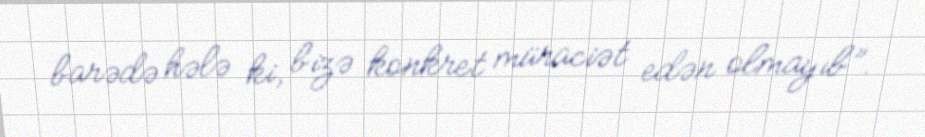
barədə hələ ki, bizə konkret müraciət edən olmayıb”.